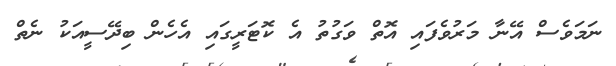
ނަމަވެސް އޭނާ މަރުވެފައި އޮތް ވަގުތު އެ ކޮޓަރީގައި އެހެން ބިދޭސީއަކު ނެތް